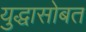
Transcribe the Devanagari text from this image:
युद्धासोबत